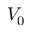
V _ { 0 }